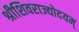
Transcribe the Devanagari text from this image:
श्रीशिवराज्योदयम्